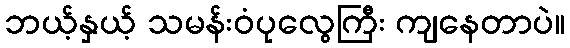
ဘယ့်နှယ့် သမန်းဝံပုလွေကြီး ကျနေတာပဲ။